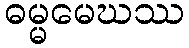
ဓမ္မမေဃဿ